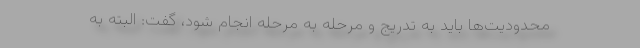
محدودیت‌ها باید به تدریج و مرحله به مرحله انجام شود، گفت: البته به